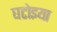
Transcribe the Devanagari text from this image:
घटोइया